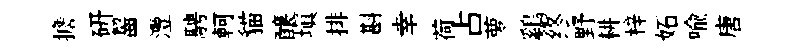
擔研齧灃騁軻貓醸塡排斟幸荷占萝鷄终野耕梓妬喩唐